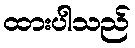
ထားပါသည်